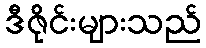
ဒီဇိုင်းများသည်